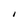
Character: I